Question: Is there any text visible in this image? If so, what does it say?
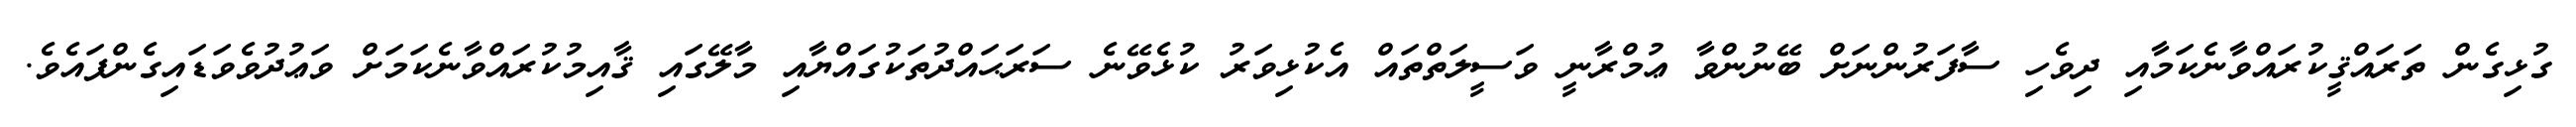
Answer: ގުޅިގެން ތަރައްޤީކުރައްވާނެކަމާއި ދިވެހި ސާފަރުންނަށް ބޭނުންވާ ޢުމްރާނީ ވަސީލަތްތައް އެކުޅިވަރު ކުޅެވޭނެ ސަރަޙައްދުތަކުގައްޔާއި މާލޭގައި ޤާއިމުކުރައްވާނެކަމަށް ވަޢުދުވެވަޑައިގެންފައެވެ.